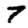
Digit: 7